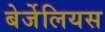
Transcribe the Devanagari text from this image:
बेर्जेलियस